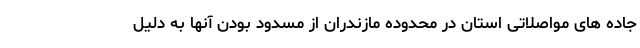
جاده های مواصلاتی استان در محدوده مازندران از مسدود بودن آنها به دلیل